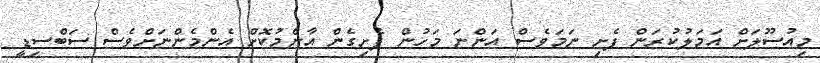
މިއުސޫލަށް އަމަލުކުރަން ފެށި ނަމަވެސް އަންނަ މަހުން ފެށިގެން އާންމުކޮށް އެންމެންނަށްވެސް ސަބްސިޑީ